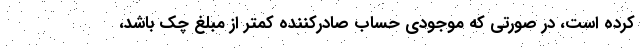
کرده است، در صورتی که موجودی حساب صادرکننده کمتر از مبلغ چک باشد،